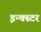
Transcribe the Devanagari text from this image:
इन्क्स्टर